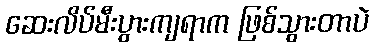
ဆေးလိပ်မီးပွားကျရာက ဖြစ်သွားတာပဲ